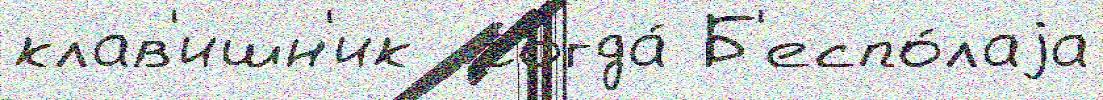
клав'ишн'ик  тогда́ Б'еспо́лаjа